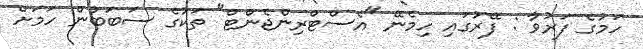
ހަމުގެ ފަރުވާ : ފޭރުގައި ހިމެނޭ "އެސްޓްރިންޖެންޓް" ތަކުގެ ސަބަބުން ހަމަށް